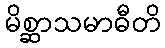
မိစ္ဆာသမာဓီတိ